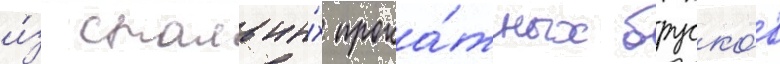
и́з стальны́х прока́тных бруско́в